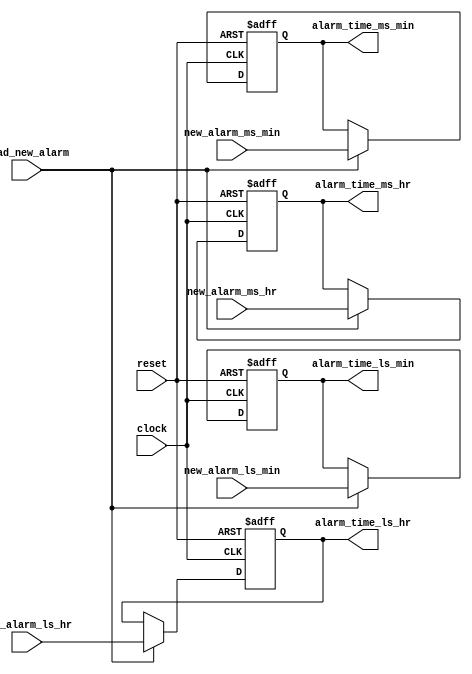
module aclk_areg(input load_new_alarm, clock, reset,
                  input [3:0] new_alarm_ms_hr, new_alarm_ls_hr, new_alarm_ms_min, new_alarm_ls_min,
                  output reg[3:0] alarm_time_ms_hr, alarm_time_ls_hr, alarm_time_ms_min, alarm_time_ls_min );

always @ (posedge clock or posedge reset)
begin
  // Upon reset, store reset value(1'b0) to the alarm_time registers
  if(reset) begin
    alarm_time_ms_hr <= 4'b0;
    alarm_time_ls_hr <= 4'b0;
    alarm_time_ms_min <= 4'b0;
    alarm_time_ls_min <= 4'b0;
  end
  // Else if no reset, check for load_new_alarm signal and load new_alarm time to alarm_time registers
  else if (load_new_alarm) begin
    alarm_time_ms_hr <= new_alarm_ms_hr;
    alarm_time_ls_hr <= new_alarm_ls_hr;
    alarm_time_ms_min <= new_alarm_ms_min;
    alarm_time_ls_min <= new_alarm_ls_min;
  end
end
endmodule